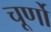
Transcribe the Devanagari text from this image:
चूर्णो